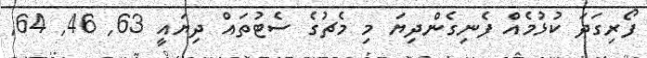
ފޯރިގަދަ ކުޅުމެއް ފެނިގެންދިޔަ މި މެޗުގެ ސެޓުތައް ދިޔައީ 63